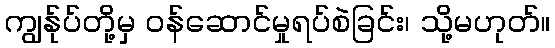
ကျွန်ုပ်တို့မှ ဝန်ဆောင်မှုရပ်စဲခြင်း၊ သို့မဟုတ်။